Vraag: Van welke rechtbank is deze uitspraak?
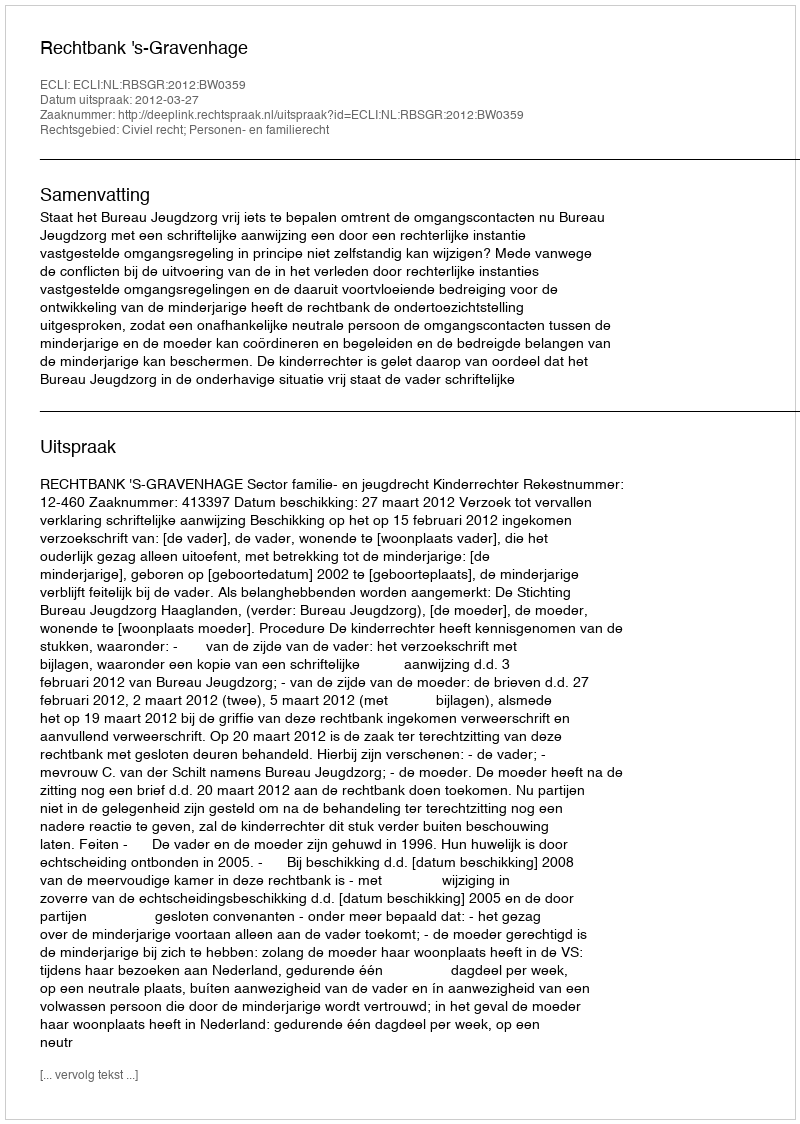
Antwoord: Rechtbank 's-Gravenhage